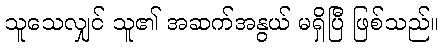
သူသေလျှင် သူ၏ အဆက်အနွယ် မရှိပြီ ဖြစ်သည်။